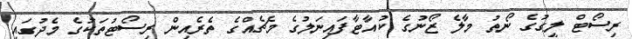
ރިސޯޓް ލީގުގެ ނޯތު މާލެ ޒޯނުގެ ކުއާޓާފައިނަލުގެ މެޗެއްގެ ތެރެއިން ރިސޯޓުތަކުގެ މެދުގައި